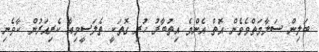
ބަލިން ސަލާމަތްވެވެން އޮތް އެންމެ އިތުބާރު ހުރި ގޮތަކީ ތެލަސީމިއާ ކެރިއަރުން ކާވެނި